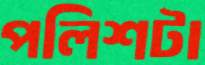
পলিশটা